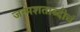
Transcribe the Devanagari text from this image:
जन्मशताब्दीचं